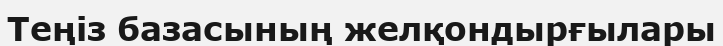
Теңіз базасының желқондырғылары